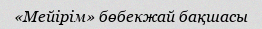
«Мейірім» бөбекжай бақшасы